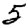
Digit: 5